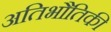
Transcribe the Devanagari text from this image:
अतिभौतिकी